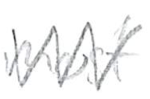
Text: most
Cross-out: zig-zag
Writing tool: pencil